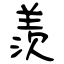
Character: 羨